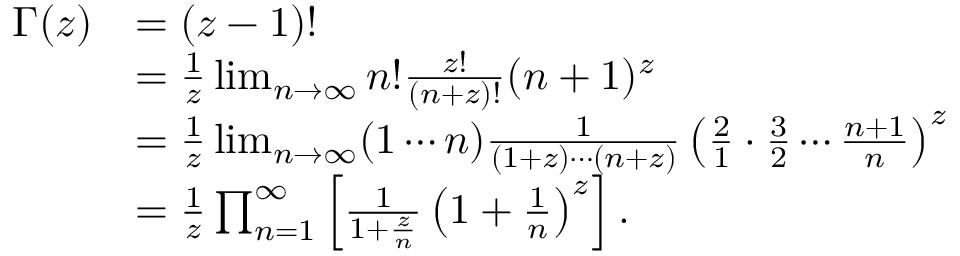
{ \begin{array} { r l } { \Gamma ( z ) } & { = ( z - 1 ) ! } \\ & { = { \frac { 1 } { z } } \operatorname* { l i m } _ { n \to \infty } n ! { \frac { z ! } { ( n + z ) ! } } ( n + 1 ) ^ { z } } \\ & { = { \frac { 1 } { z } } \operatorname* { l i m } _ { n \to \infty } ( 1 \cdots n ) { \frac { 1 } { ( 1 + z ) \cdots ( n + z ) } } \left( { \frac { 2 } { 1 } } \cdot { \frac { 3 } { 2 } } \cdots { \frac { n + 1 } { n } } \right) ^ { z } } \\ & { = { \frac { 1 } { z } } \prod _ { n = 1 } ^ { \infty } \left[ { \frac { 1 } { 1 + { \frac { z } { n } } } } \left( 1 + { \frac { 1 } { n } } \right) ^ { z } \right] . } \end{array} }